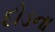
દોડના